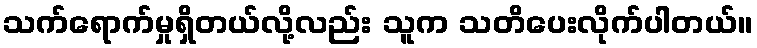
သက်ရောက်မှုရှိတယ်လို့လည်း သူက သတိပေးလိုက်ပါတယ်။